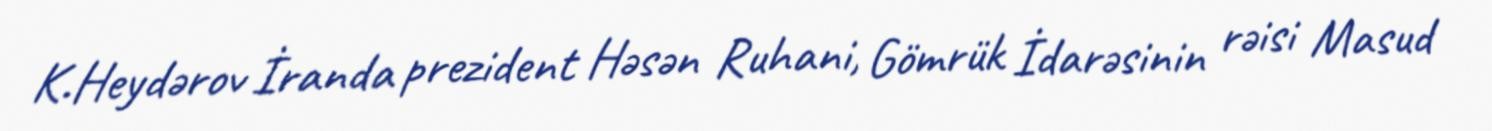
K.Heydərov İranda prezident Həsən Ruhani, Gömrük İdarəsinin rəisi Masud